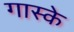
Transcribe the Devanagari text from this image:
गास्के